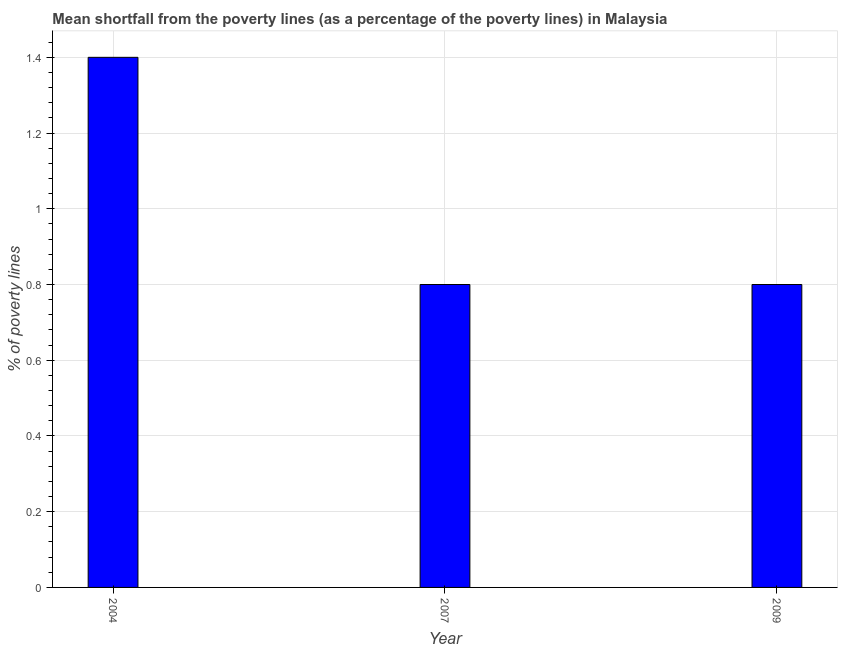
| Year | Poverty gap at national poverty lines |
 | --- | --- |
 | 2004 | 1.4 |
 | 2007 | 0.8 |
 | 2009 | 0.8 |